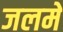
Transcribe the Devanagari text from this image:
जलमें